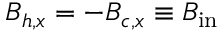
B _ { h , x } = - B _ { c , x } \equiv B _ { \mathrm { i n } }